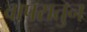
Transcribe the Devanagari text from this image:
वापरातुन